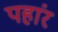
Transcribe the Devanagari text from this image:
पहांर